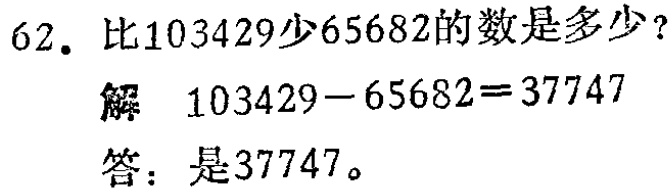
62. 比103429少65682的数是多少？

解 \(103429 - 65682 = 37747\)

答：是37747。